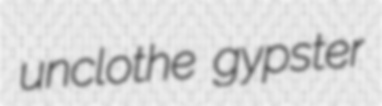
unclothe gypster